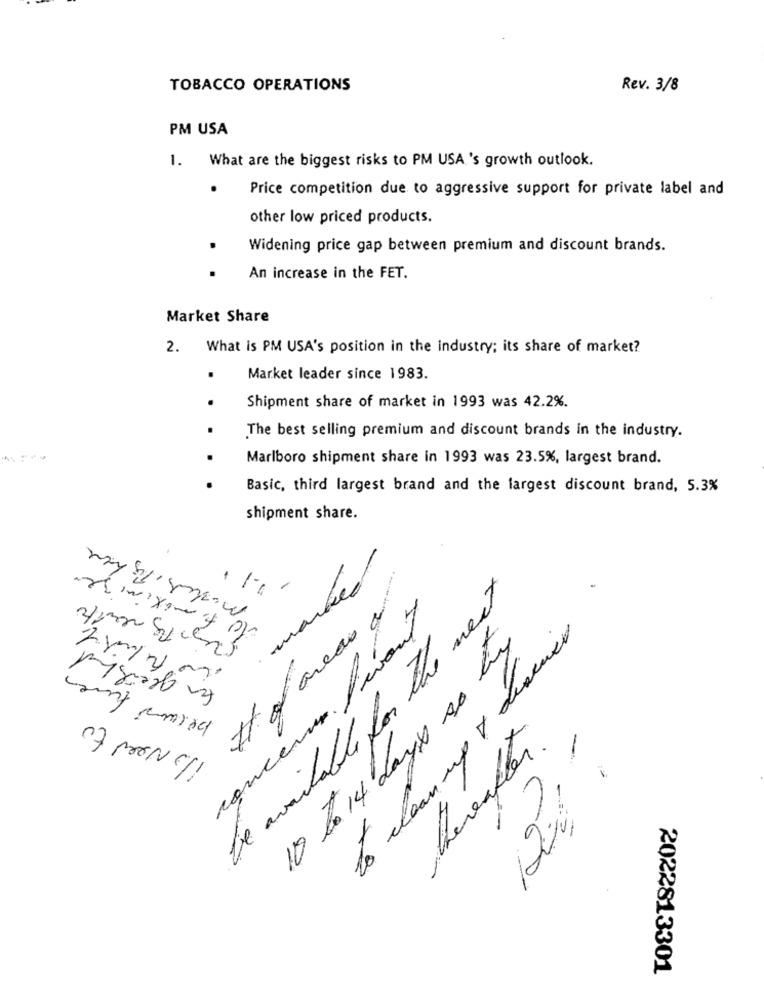
TOBACCO OPERATIONS
Rev. 3/8
PM USA
1. What are the biggest risks to PM USA 's growth outlook.
.
Price competition due to aggressive support for private label and
other low priced products.
..
Widening price gap between premium and discount brands.
An increase in the FET.
Market Share
2. What is PM USA's position in the industry; its share of market?
Market leader since 1983.
Shipment share of market in 1993 was 42.2%.
The best selling premium and discount brands in the industry.
Marlboro shipment share in 1993 was 23.5%, largest brand.
Basic, third largest brand and the largest discount brand, 5.3%
shipment share.
marked
be available for the next
concens fiant
of areas of
10
to clean up & devenir
for gleishand
10 to 14 days so they
because fures
ilo Need to
-
thereafter.
2022813301